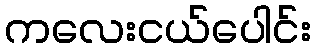
ကလေးငယ်ပေါင်း